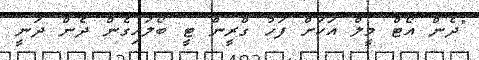
"ދެން އޯޓް މީލް އަކަށް ފަހު ގްރީން ޓީ ބޯލައިގެން ދެން ދަނީ